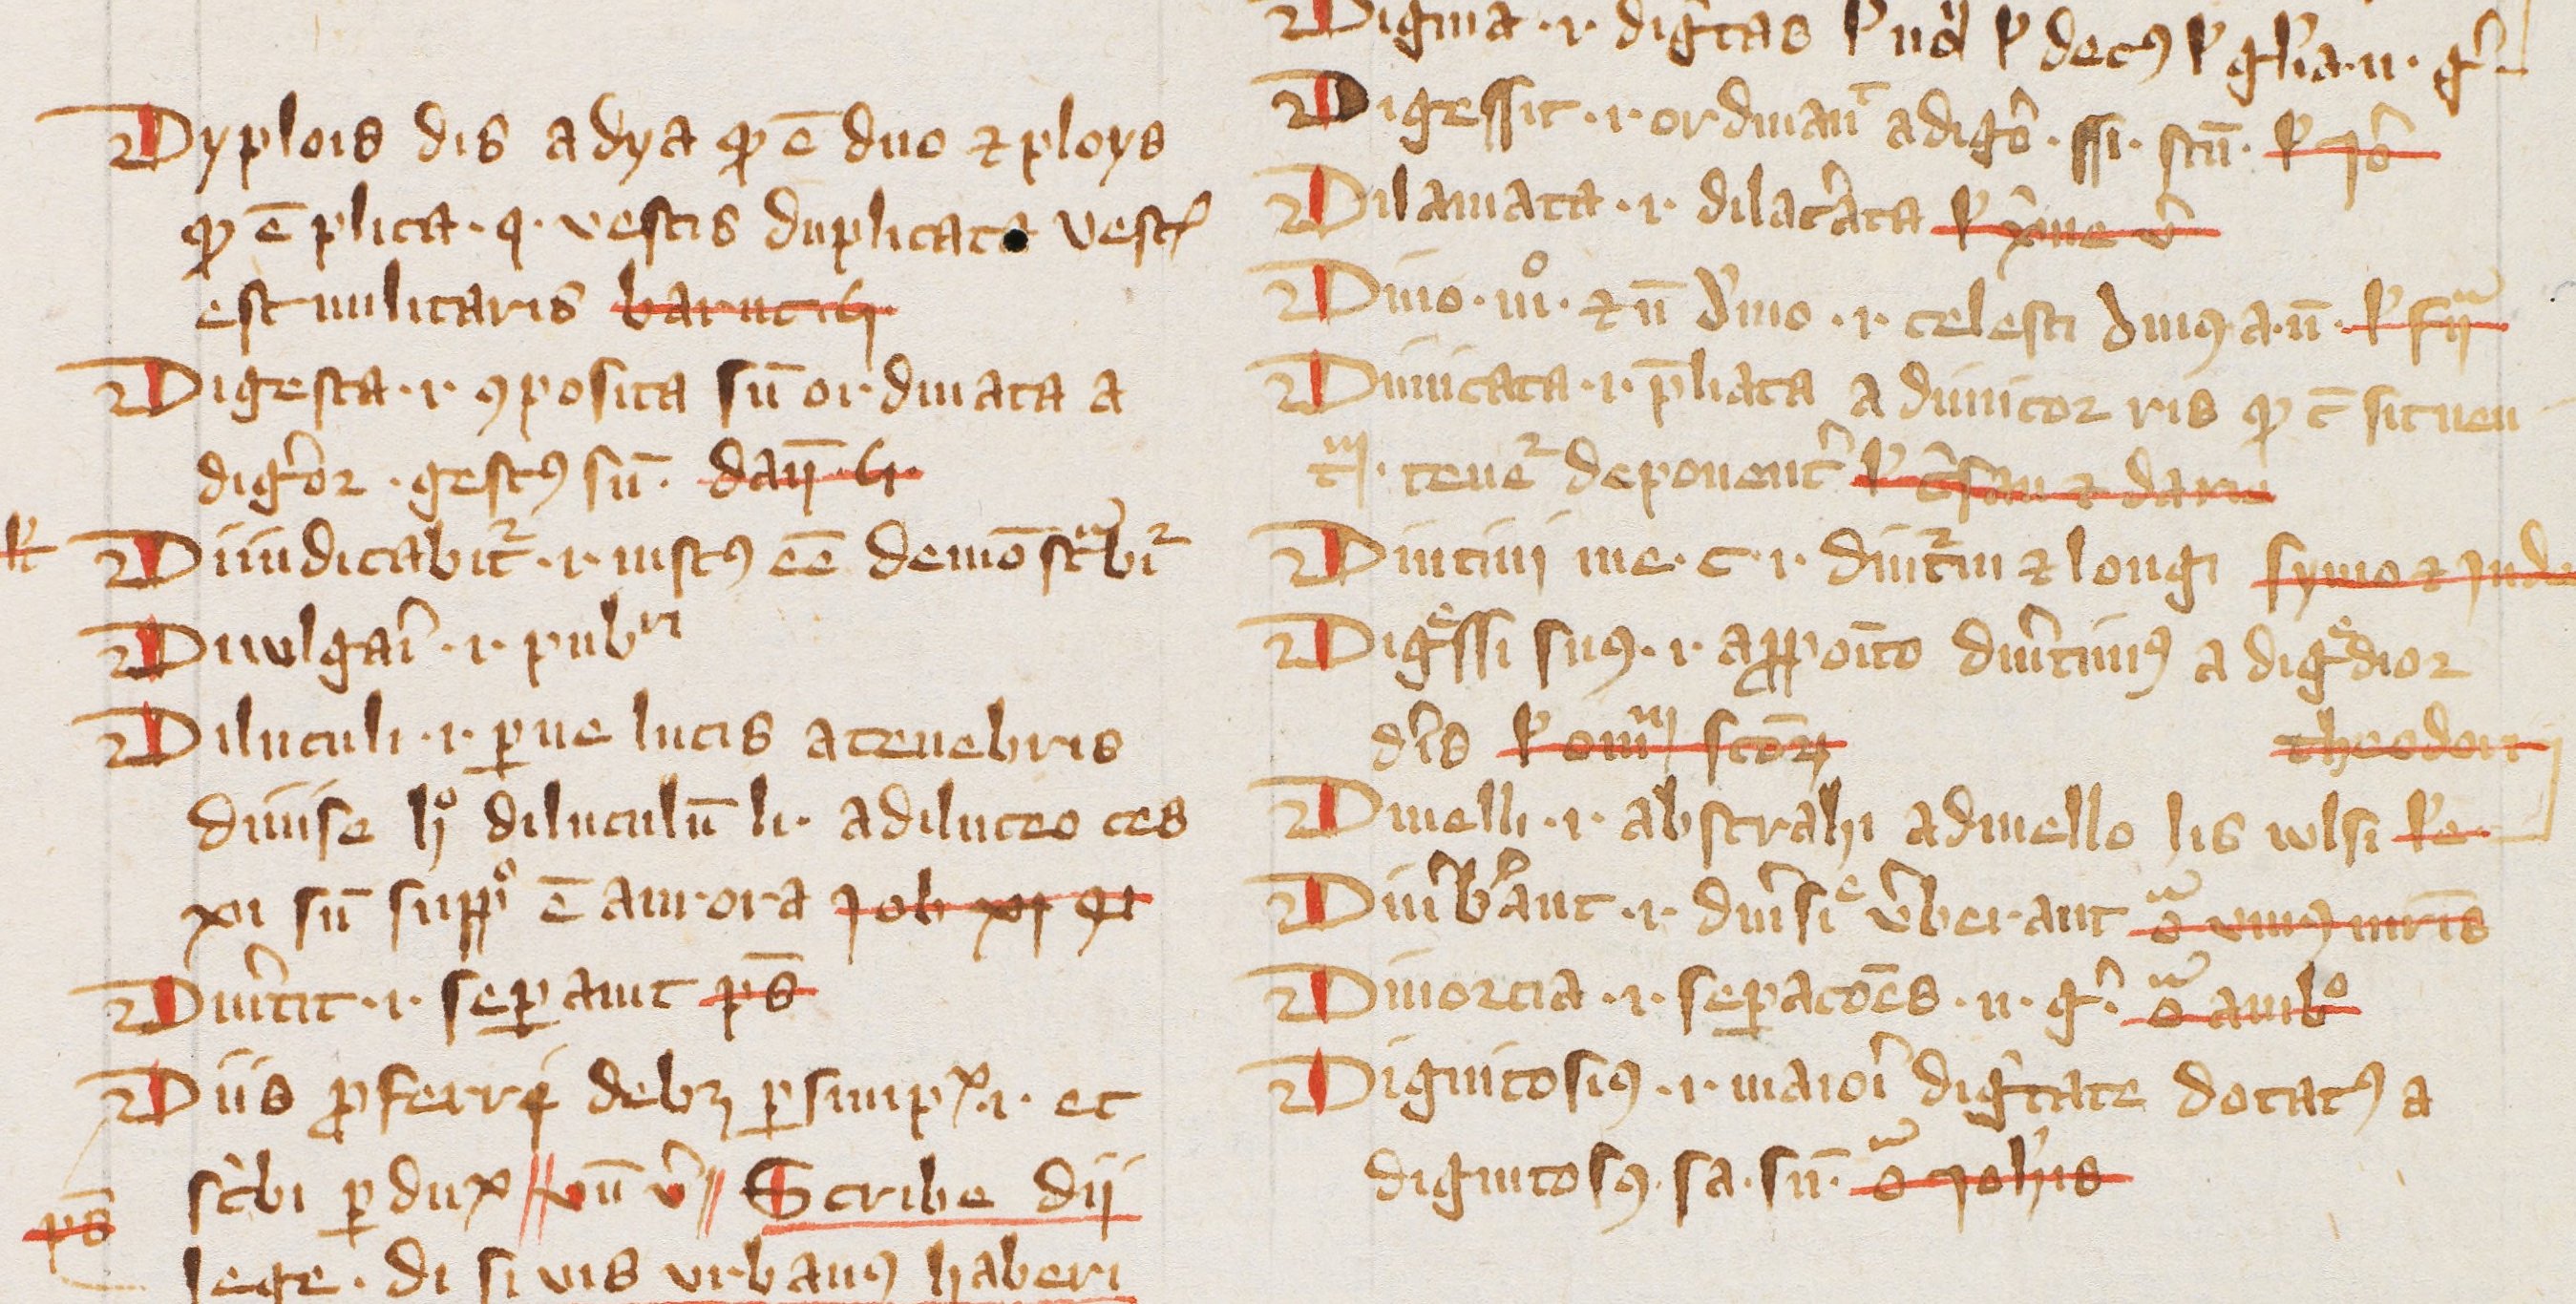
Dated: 1385–1415